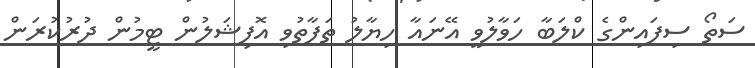
ސަތޯ ސިފައިންގެ ކްލަބާ ހަވާލުވީ އޭނައާ ހިޔާލު ތަފާތުވި އޮފިޝަލުން ޓީމުން ދުރުކުރަން